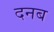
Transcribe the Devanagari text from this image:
दनब